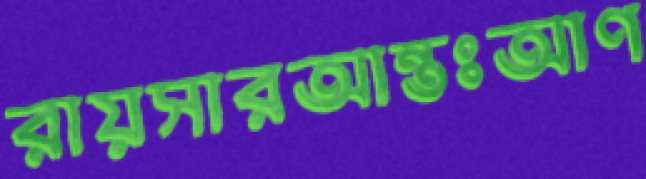
রায়সারআন্তঃআণ